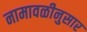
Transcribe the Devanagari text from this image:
नामावळीनुसार